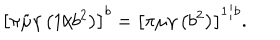
\left\lbrack \pi \tilde { \mu } \gamma \left( 1 / b ^ { 2 } \right) \right\rbrack ^ { b } = \left\lbrack \pi \mu \gamma \left( b ^ { 2 } \right) \right\rbrack ^ { 1 / b } .